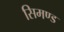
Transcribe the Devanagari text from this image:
सिमण्ड